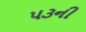
૫૩ની